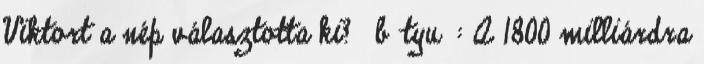
Viktort a nép választotta ki? ♔bаtyu♔: A 1800 milliárdra